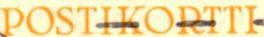
POSTIKORTTI